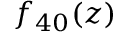
f _ { 4 0 } ( z )